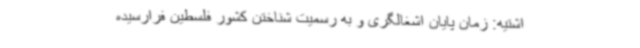
اشتیه: زمان پایان اشغالگری و به رسمیت شناختن کشور فلسطین فرارسیده